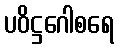
ပဝိဋ္ဌဂေါစရေ